331_120752_Numeric_Files_1944–1945_37153_German_Armament_Equipment_Documents
Agency: Department of War
Incident date: 3/18/45
Incident location: Germany
Page 9
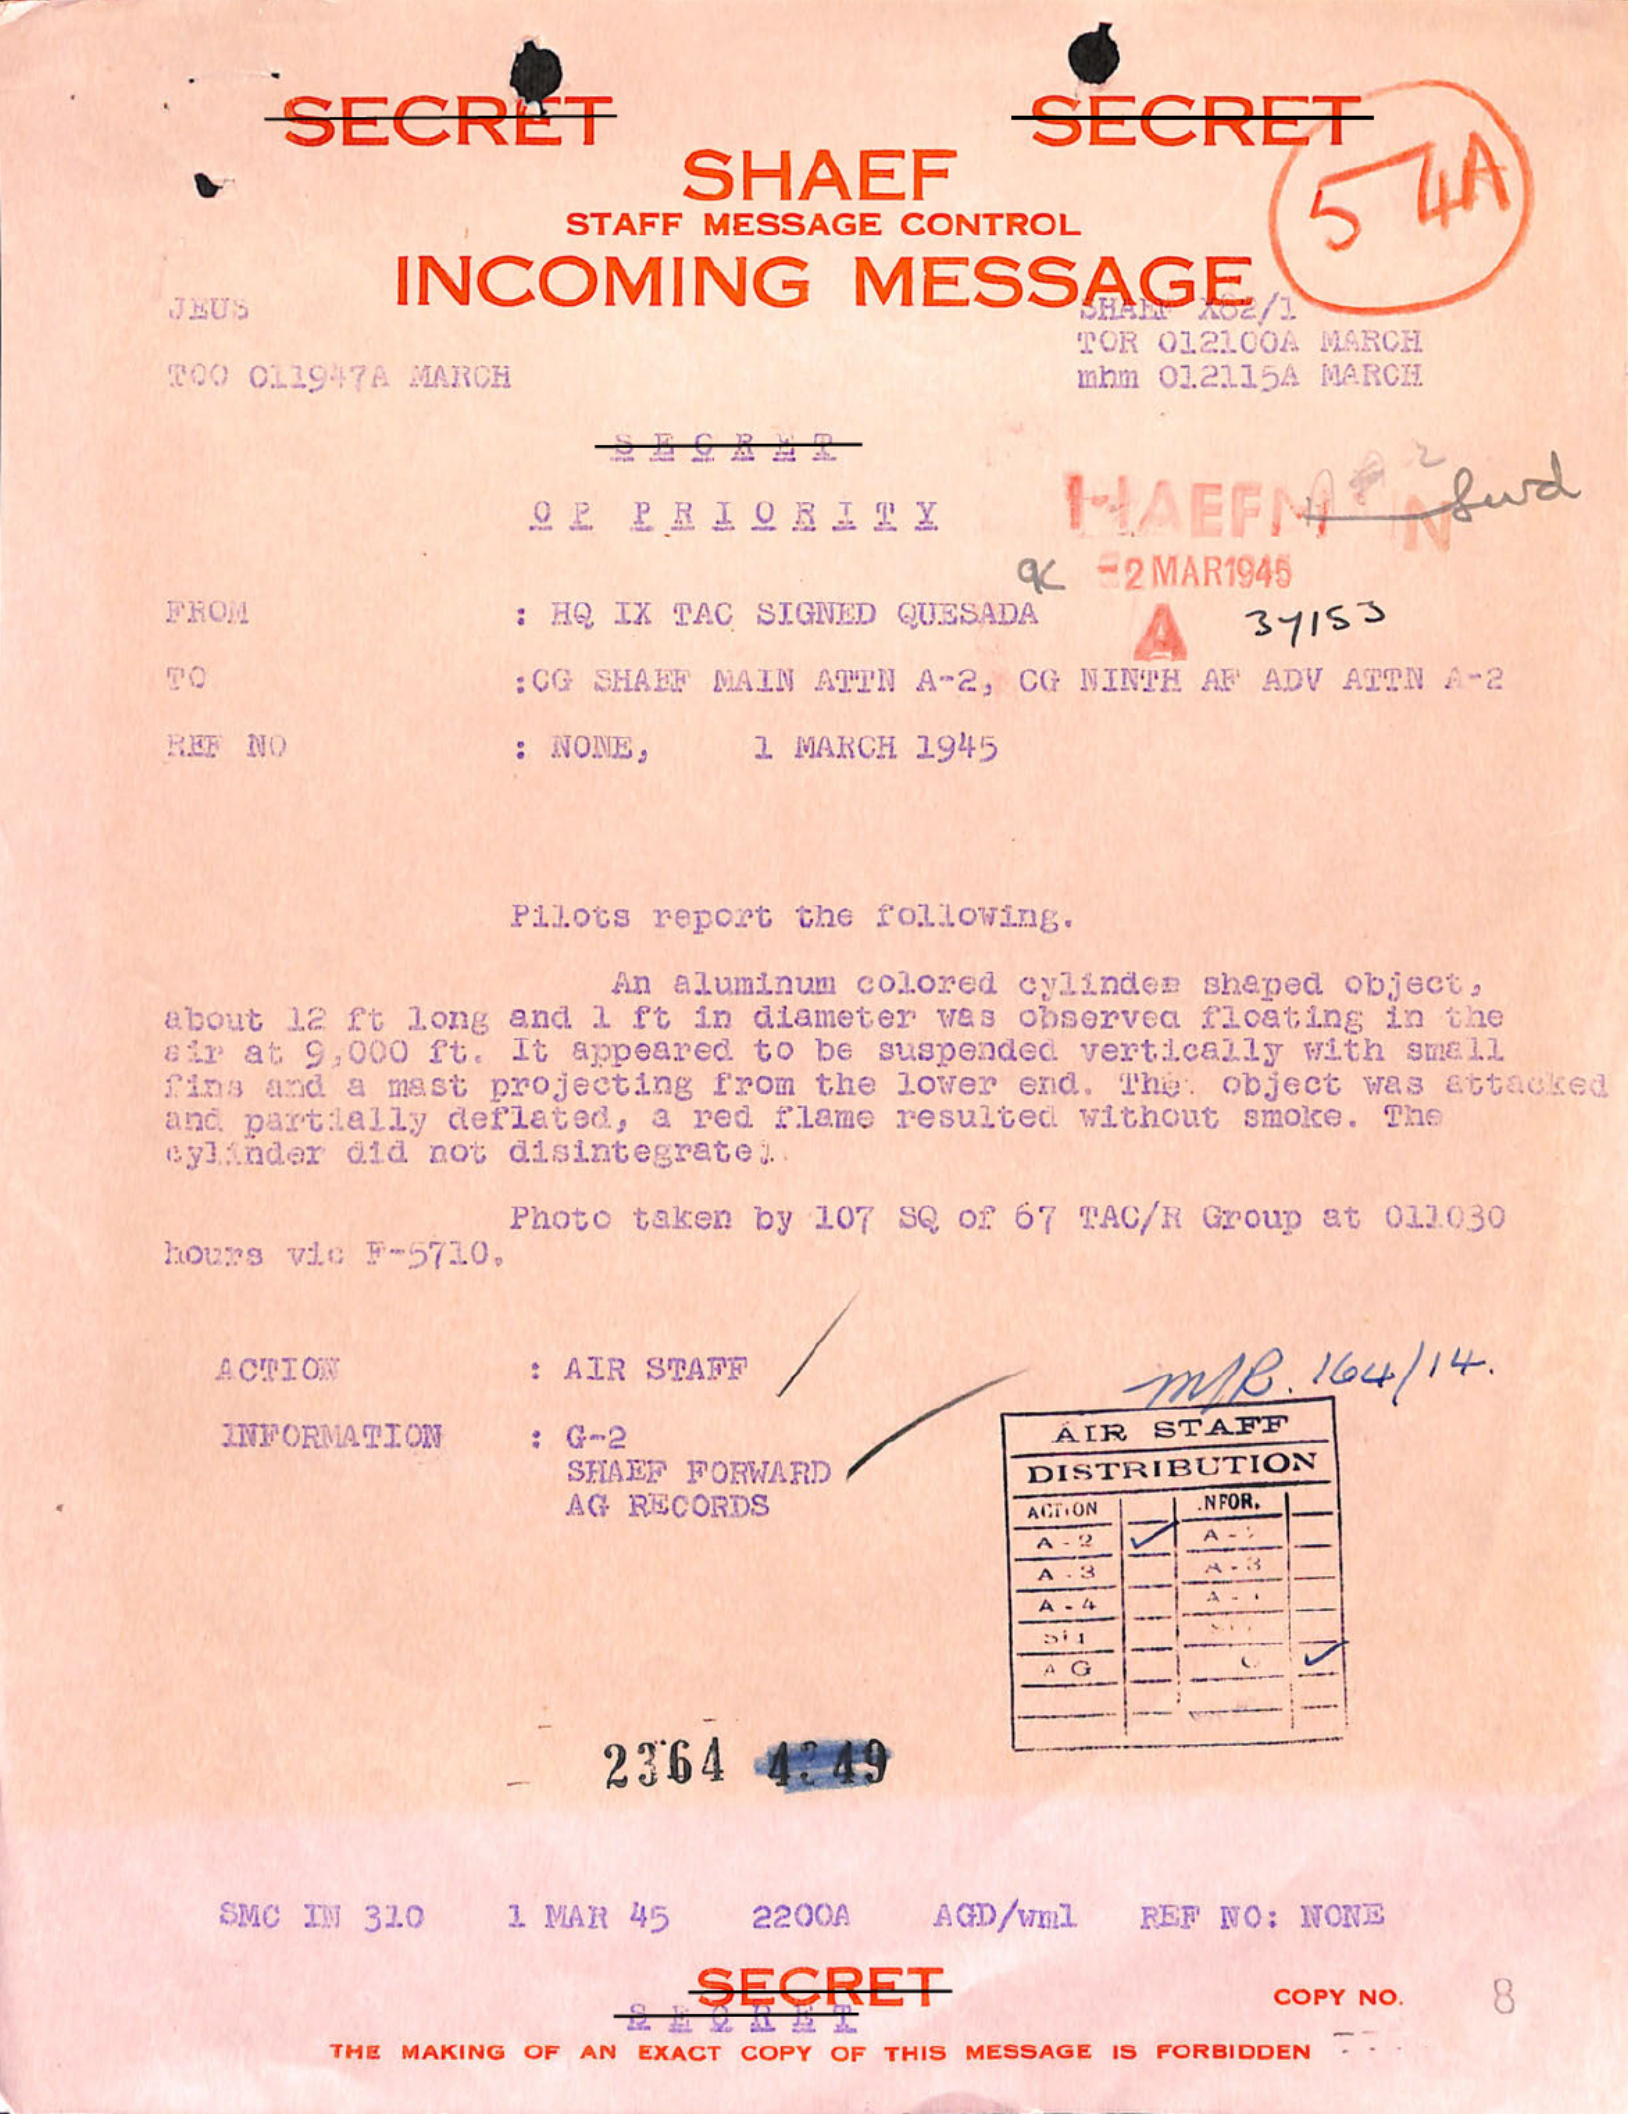